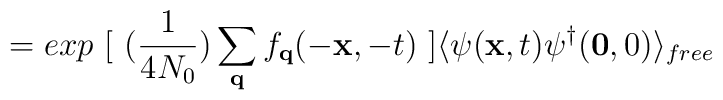
= exp\mbox{ }[ \mbox{  }(\frac{1}{4N_{0}})\sum_{ {\bf{q}} }f_{ {\bf{q}} }(-{\bf{x}},-t) \mbox{  }]\langle \psi({\bf{x}},t)\psi^{\dagger}({\bf{0}},0)\rangle_{free}